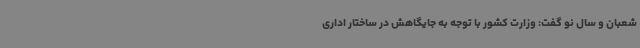
شعبان و سال نو گفت: وزارت کشور با توجه به جایگاهش در ساختار اداری